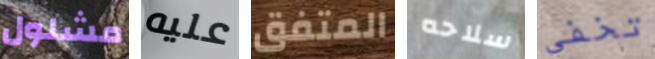
مشلول عليه المتفق سلاحه تخفي